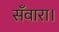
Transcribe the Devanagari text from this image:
सँवारा।